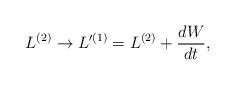
LaTeX: \begin{align*}L^{(2)}\rightarrow L'^{(1)}=L^{(2)}+\frac{dW}{dt},\end{align*}